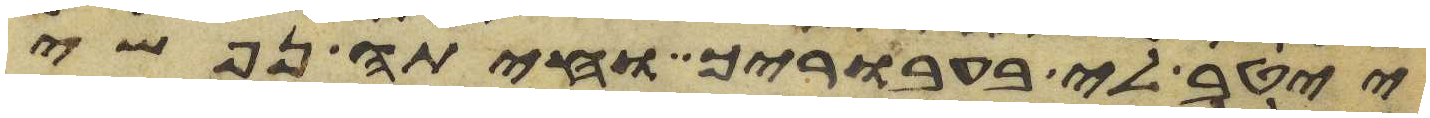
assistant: ייטב לי בעבוריך וחיתה נפשי